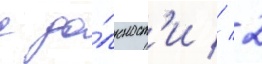
с до́лжност'и // 2